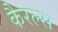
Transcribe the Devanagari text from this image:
कैरल्स